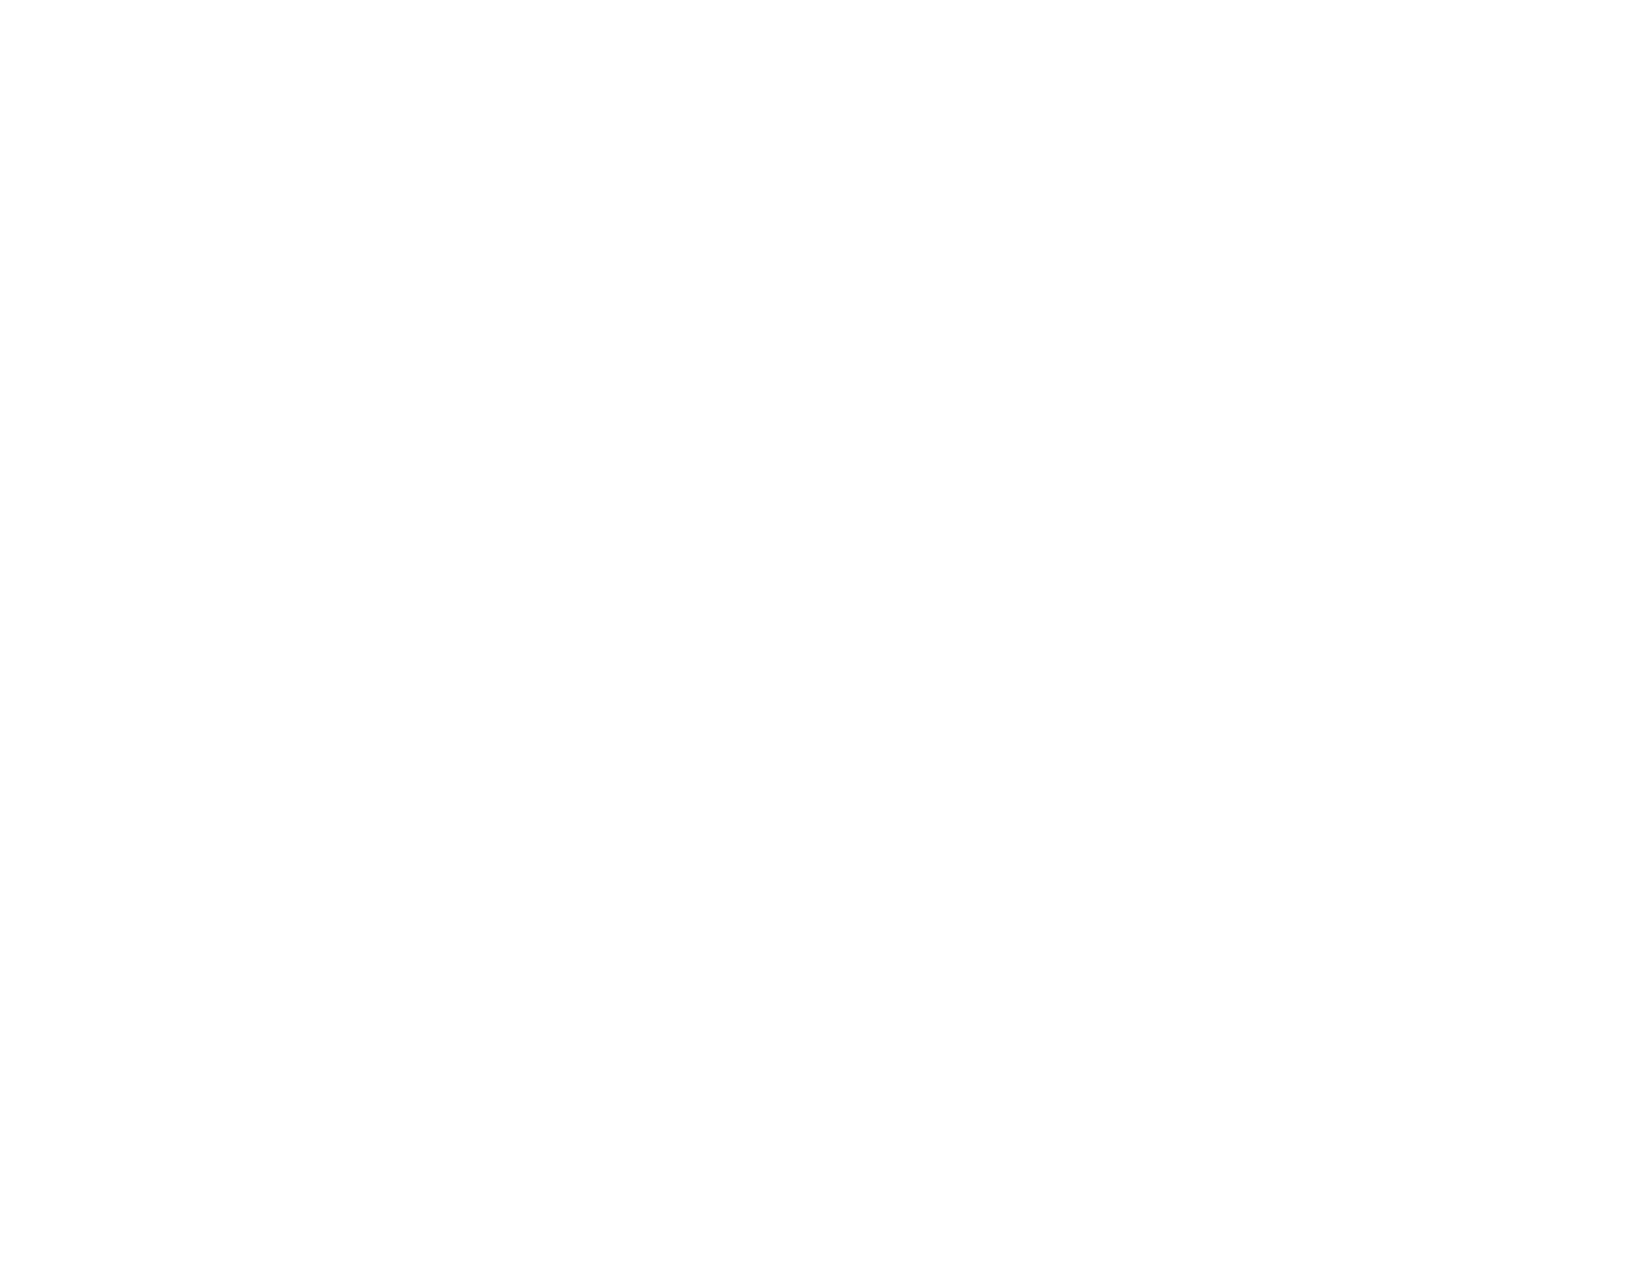
• 11.3.3.4 (Open Functionality Software)
 • 11.3.3.4 (Closed Software)
 • 11.8.2 (Authoring Tool)
 • 12.1.2 (Product Docs)
 • 12.2.4 (Support Docs)
 Revised Section 508
 • 501 (Web)(Software)
 • 504.2 (Authoring Tool)
 • 602.3 (Support Docs)
 4.1.3 Status Messages (Level AA 2.1 only)
 Also applies to:
 EN 301 549 Criteria
 • 9.4.1.3 (Web)
 • 10.4.1.3 (Non-web document)                                 Web: Status messages, such as success/results,
 progress, waiting states, or error messages, are
 • 11.4.1.3 (Open Functionality Software) Web: Supports
 indicated programmatically in AMP via ARIA live
 • 11.4.1.3 (Closed Software) – Does not apply
 region or appropriate roles.
 • 11.8.2 (Authoring Tool)
 • 12.1.2 (Product Docs)
 • 12.2.4 (Support Docs)
 Revised Section 508 – Does not apply
 Table 3: Success Criteria, Level AAA
 Notes: Level AAA criteria were not evaluated for this conformance report.
 Level Access | Confidential and Proprietary                                               Page 24 of 30
 VPAT® Version 2.4 (Revised) – March 2020